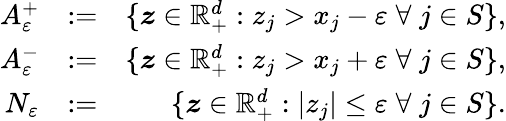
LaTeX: \begin{array}{rlr}{A_{\varepsilon}^{+}}&{:=}&{\{ \boldsymbol z\in\mathbb{R}_{+}^{d}:z_{j}>x_{j}-\varepsilon\; \forall\; j\in S\} ,}\\ {A_{\varepsilon}^{-}}&{:=}&{\{ \boldsymbol z\in\mathbb{R}_{+}^{d}:z_{j}>x_{j}+\varepsilon\; \forall\; j\in S\} ,}\\ {N_{\varepsilon}}&{:=}&{\{ \boldsymbol z\in\mathbb{R}_{+}^{d}:|z_{j}|\leq\varepsilon\; \forall\; j\in S\} .}\end{array}